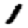
Digit: 1